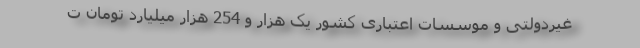
غیردولتی و موسسات اعتباری کشور یک هزار و 254 هزار میلیارد تومان ت